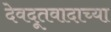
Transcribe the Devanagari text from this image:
देवदूतवादाच्या